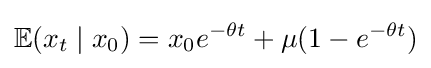
\operatorname {\mathbb {E} } (x_{t}\mid x_{0})=x_{0}e^{-\theta t}+\mu (1-e^{-\theta t})